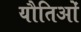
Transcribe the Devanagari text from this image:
यौतिओं